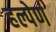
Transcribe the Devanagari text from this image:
हल्पेर्ण